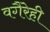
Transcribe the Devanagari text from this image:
वगैरेही